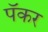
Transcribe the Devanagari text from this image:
पॅकर